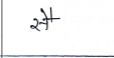
मजकूर: सै